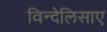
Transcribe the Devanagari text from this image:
विन्देलिसाए